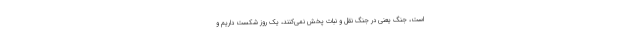
است، جنگ یعنی در جنگ نقل و نبات پخش نمی‌کنند، یک روز شکست داریم و